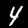
Digit: 4